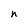
Character: n